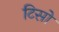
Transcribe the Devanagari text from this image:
टिसो